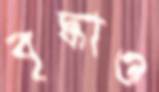
বৃদ্ধাও